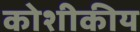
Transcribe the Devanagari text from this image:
कोशीकीय